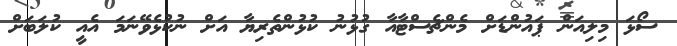
ސޯޅަ މިލިއަން ޕައުންޑަށް މެންޗެސްޓާއާ ގުޅުނު ކުޅުންތެރިޔާ އަށް ނުކުޅެވޭނަމަ އެއީ ކުލަބަށް